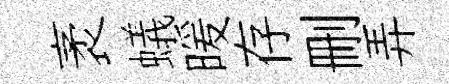
袤蟻暖存删弄